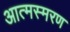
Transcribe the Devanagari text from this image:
आत्मस्मरण